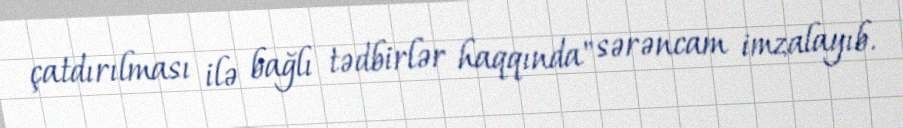
çatdırılması ilə bağlı tədbirlər haqqında" sərəncam imzalayıb.